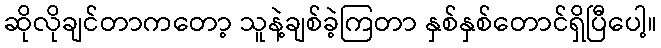
ဆိုလိုချင်တာကတော့ သူနဲ့ချစ်ခဲ့ကြတာ နှစ်နှစ်တောင်ရှိပြီပေါ့။